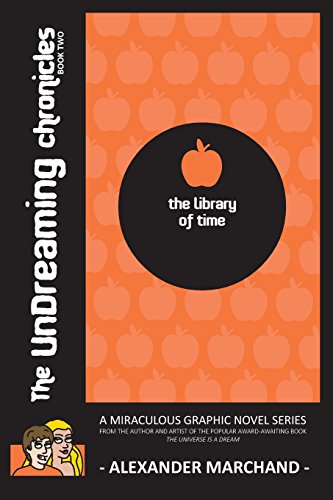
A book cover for The Library of Time (the Undreaming Chronicles, Book Two); Alexander Marchand; Comics & Graphic Novels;